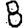
Digit: 8